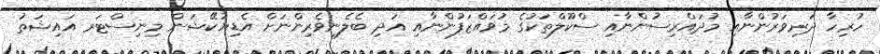
ހުރިހާ ދަރިވަރުންނާއި މުދައްރިސުންނާއި ސްކޫލްތަކުގެ މުވައްޒަފުންނާއި އަދި ބެލެނިވެރިންނަށް އެޑިޔުކޭޝަން މިނިސްޓަރ އައިޝަތު